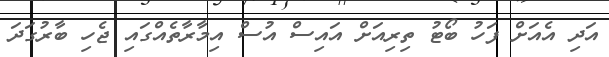
އަދި އެއަށް ފަހު ބޯޓު ތިރިއަށް އައިސް އުސް އިމާރާތެއްގައި ޖެހި ބާރުގަދަ